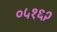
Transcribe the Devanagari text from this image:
०५१६२